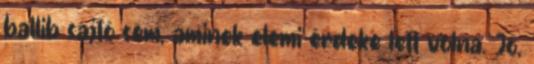
ballib sajtó sem, aminek elemi érdeke lett volna. Jó,